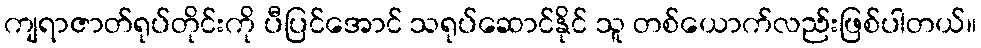
ကျရာဇာတ်ရုပ်တိုင်းကို ပီပြင်အောင် သရုပ်ဆောင်နိုင် သူ တစ်ယောက်လည်းဖြစ်ပါတယ်။